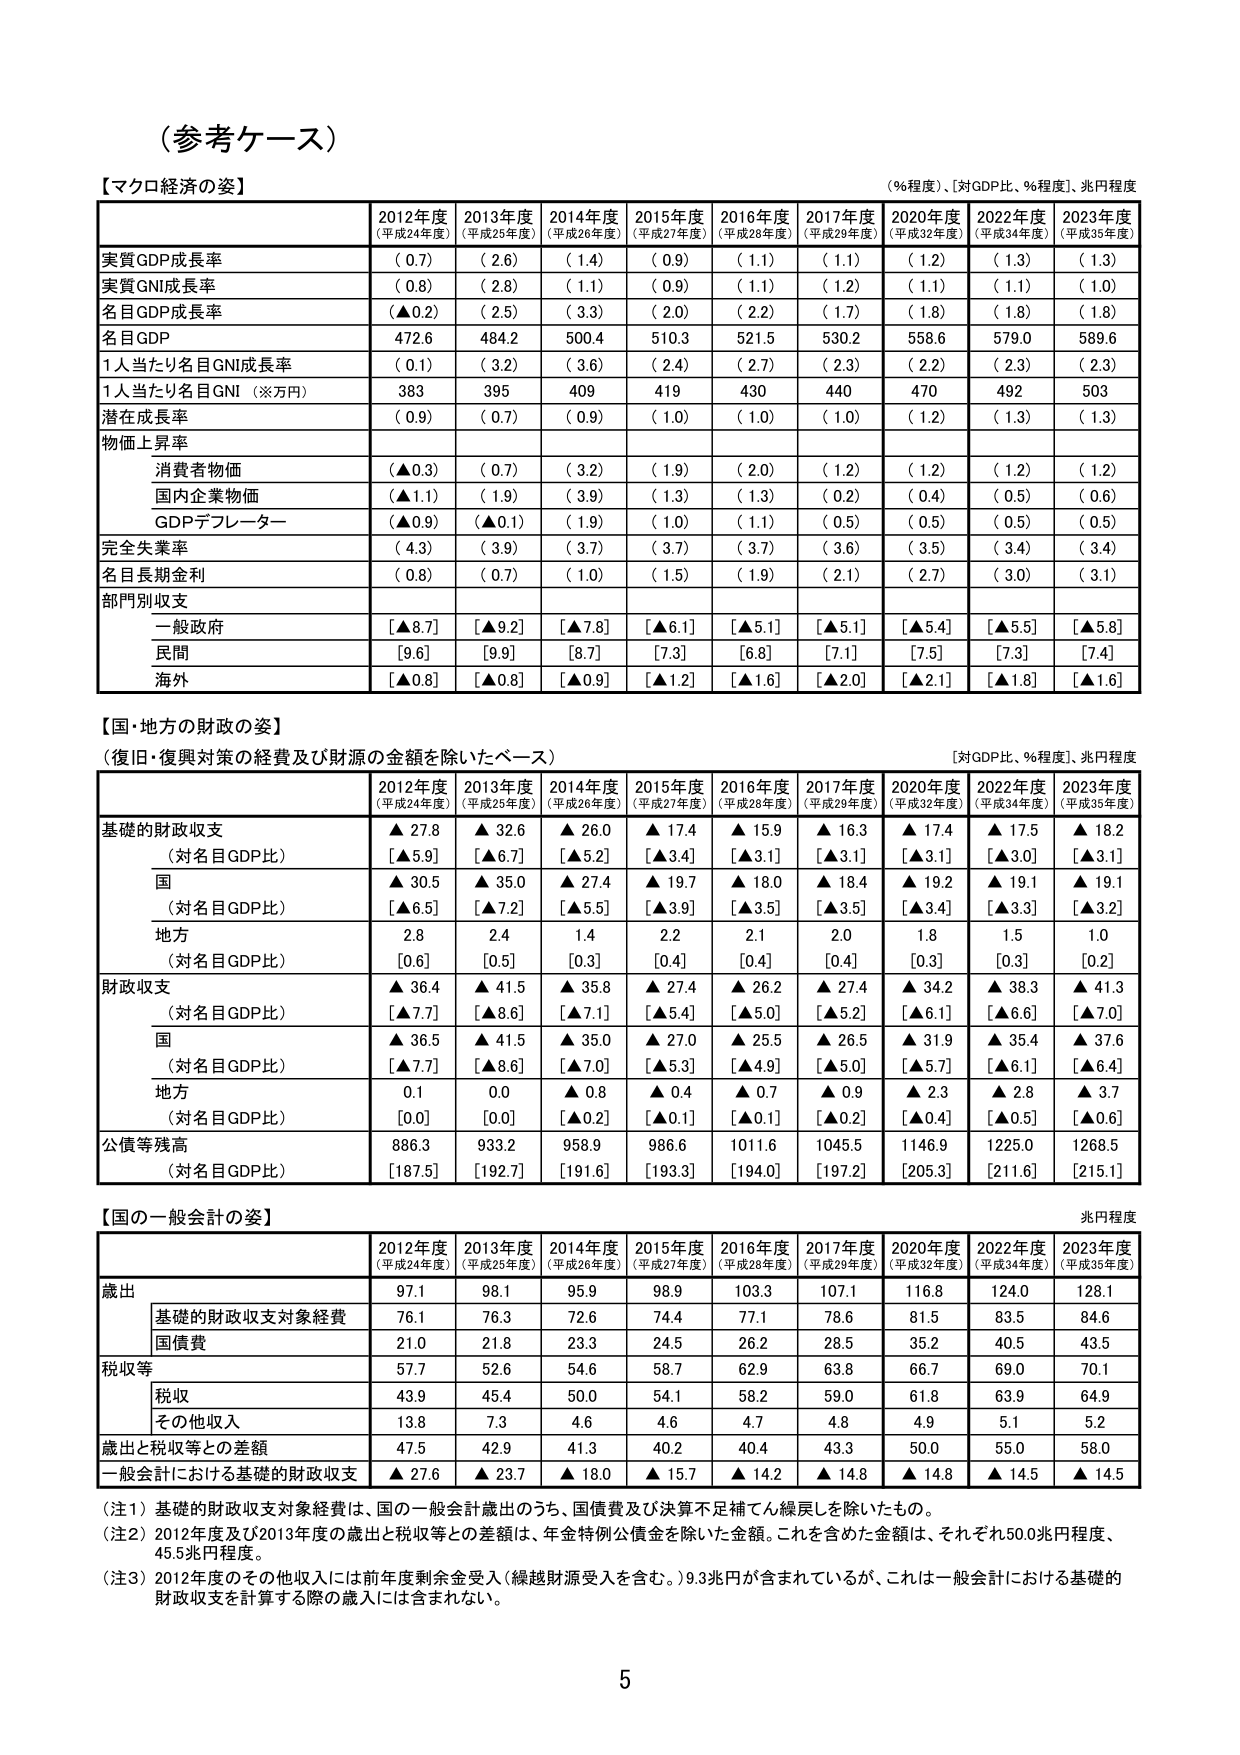
（参考ケース）

【マクロ経済の姿】
（％程度）、［対GDP比、％程度］、兆円程度

2012年度
（平成24年度）
2013年度
（平成25年度）
2014年度
（平成26年度）
2015年度
（平成27年度）
2016年度
（平成28年度）
2017年度
（平成29年度）
2020年度
（平成32年度）
2022年度
（平成34年度）
2023年度
（平成35年度）

実質GDP成長率
（ 0.7）
（ 2.6）
（ 1.4）
（ 0.9）
（ 1.1）
（ 1.1）
（ 1.2）
（ 1.3）
（ 1.3）

実質GNI成長率
（ 0.8）
（ 2.8）
（ 1.1）
（ 0.9）
（ 1.1）
（ 1.2）
（ 1.1）
（ 1.1）
（ 1.0）

名目GDP成長率
（▲0.2）
（ 2.5）
（ 3.3）
（ 2.0）
（ 2.2）
（ 1.7）
（ 1.8）
（ 1.8）
（ 1.8）

名目GDP
472.6
484.2
500.4
510.3
521.5
530.2
558.6
579.0
589.6

1人当たり名目GNI成長率
（ 0.1）
（ 3.2）
（ 3.6）
（ 2.4）
（ 2.7）
（ 2.3）
（ 2.2）
（ 2.3）
（ 2.3）

1人当たり名目GNI（※万円）
383
395
409
419
430
440
470
492
503

潜在成長率
（ 0.9）
（ 0.7）
（ 0.9）
（ 1.0）
（ 1.0）
（ 1.0）
（ 1.2）
（ 1.3）
（ 1.3）

物価上昇率
消費者物価
（▲0.3）
（ 0.7）
（ 3.2）
（ 1.9）
（ 2.0）
（ 1.2）
（ 1.2）
（ 1.2）
（ 1.2）

国内企業物価
（▲1.1）
（ 1.9）
（ 3.9）
（ 1.3）
（ 1.3）
（ 0.2）
（ 0.4）
（ 0.5）
（ 0.6）

GDPデフレーター
（▲0.9）
（▲0.1）
（ 1.9）
（ 1.0）
（ 1.1）
（ 0.5）
（ 0.5）
（ 0.5）
（ 0.5）

完全失業率
（ 4.3）
（ 3.9）
（ 3.7）
（ 3.7）
（ 3.7）
（ 3.6）
（ 3.5）
（ 3.4）
（ 3.4）

名目長期金利
（ 0.8）
（ 0.7）
（ 1.0）
（ 1.5）
（ 1.9）
（ 2.1）
（ 2.7）
（ 3.0）
（ 3.1）

部門別収支
一般政府
[▲8.7]
[▲9.2]
[▲7.8]
[▲6.1]
[▲5.1]
[▲5.1]
[▲5.4]
[▲5.5]
[▲5.8]

民間
[9.6]
[9.9]
[8.7]
[7.3]
[6.8]
[7.1]
[7.5]
[7.3]
[7.4]

海外
[▲0.8]
[▲0.8]
[▲0.9]
[▲1.2]
[▲1.6]
[▲2.0]
[▲2.1]
[▲1.8]
[▲1.6]

【国・地方の財政の姿】
（復旧・復興対策の経費及び財源の金額を除いたベース）
［対GDP比、％程度］、兆円程度

2012年度
（平成24年度）
2013年度
（平成25年度）
2014年度
（平成26年度）
2015年度
（平成27年度）
2016年度
（平成28年度）
2017年度
（平成29年度）
2020年度
（平成32年度）
2022年度
（平成34年度）
2023年度
（平成35年度）

基礎的財政収支
▲ 27.8
▲ 32.6
▲ 26.0
▲ 17.4
▲ 15.9
▲ 16.3
▲ 17.4
▲ 17.5
▲ 18.2
（対名目GDP比）
[▲5.9]
[▲6.7]
[▲5.2]
[▲3.4]
[▲3.1]
[▲3.1]
[▲3.1]
[▲3.0]
[▲3.1]

国
▲ 30.5
▲ 35.0
▲ 27.4
▲ 19.7
▲ 18.0
▲ 18.4
▲ 19.2
▲ 19.1
▲ 19.1
（対名目GDP比）
[▲6.5]
[▲7.2]
[▲5.5]
[▲3.9]
[▲3.5]
[▲3.5]
[▲3.4]
[▲3.3]
[▲3.2]

地方
2.8
2.4
1.4
2.2
2.1
2.0
1.8
1.5
1.0
（対名目GDP比）
[0.6]
[0.5]
[0.3]
[0.4]
[0.4]
[0.4]
[0.3]
[0.3]
[0.2]

財政収支
▲ 36.4
▲ 41.5
▲ 35.8
▲ 27.4
▲ 26.2
▲ 27.4
▲ 34.2
▲ 38.3
▲ 41.3
（対名目GDP比）
[▲7.7]
[▲8.6]
[▲7.1]
[▲5.4]
[▲5.0]
[▲5.2]
[▲6.1]
[▲6.6]
[▲7.0]

国
▲ 36.5
▲ 41.5
▲ 35.0
▲ 27.0
▲ 25.5
▲ 26.5
▲ 31.9
▲ 35.4
▲ 37.6
（対名目GDP比）
[▲7.7]
[▲8.6]
[▲7.0]
[▲5.3]
[▲4.9]
[▲5.0]
[▲5.7]
[▲6.1]
[▲6.4]

地方
0.1
0.0
▲ 0.8
▲ 0.4
▲ 0.7
▲ 0.9
▲ 2.3
▲ 2.8
▲ 3.7
（対名目GDP比）
[0.0]
[0.0]
[▲0.2]
[▲0.1]
[▲0.1]
[▲0.2]
[▲0.4]
[▲0.5]
[▲0.6]

公債等残高
886.3
933.2
958.9
986.6
1011.6
1045.5
1146.9
1225.0
1268.5
（対名目GDP比）
[187.5]
[192.7]
[191.6]
[193.3]
[194.0]
[197.2]
[205.3]
[211.6]
[215.1]

【国の一 般会計の姿】
兆円程度

2012年度
（平成24年度）
2013年度
（平成25年度）
2014年度
（平成26年度）
2015年度
（平成27年度）
2016年度
（平成28年度）
2017年度
（平成29年度）
2020年度
（平成32年度）
2022年度
（平成34年度）
2023年度
（平成35年度）

歳出
97.1
98.1
95.9
98.9
103.3
107.1
116.8
124.0
128.1

基礎的財政収支対象経費
76.1
76.3
72.6
74.4
77.1
78.6
81.5
83.5
84.6

国債費
21.0
21.8
23.3
24.5
26.2
28.5
35.2
40.5
43.5

税収等
57.7
52.6
54.6
58.7
62.9
63.8
66.7
69.0
70.1

税収
43.9
45.4
50.0
54.1
58.2
59.0
61.8
63.9
64.9

その他収入
13.8
7.3
4.6
4.6
4.7
4.8
4.9
5.1
5.2

歳出と税収等との差額
47.5
42.9
41.3
40.2
40.4
43.3
50.0
55.0
58.0

一般会計における基礎的財政収支
▲ 27.6
▲ 23.7
▲ 18.0
▲ 15.7
▲ 14.2
▲ 14.8
▲ 14.8
▲ 14.5
▲ 14.5

（注1）基礎的財政収支対象経費は、国の一般会計歳出のうち、国債費及び決算不足補てん繰戻しを除いたもの。
（注2）2012年度及び2013年度の歳出と税収等との差額は、年金特例公債金を除いた金額。これを含めた金額は、それぞれ50.0兆円程度、45.5兆円程度。
（注3）2012年度のその他収入には前年度剰余金受入（繰越財源受入を含む。）9.3兆円が含まれているが、これは一般会計における基礎的財政収支を計算する際の歳入には含まれない。

5